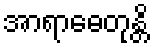
အာရာဓေတုန္တိ